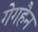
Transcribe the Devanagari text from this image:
गेगहैन